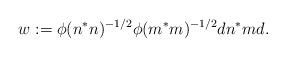
LaTeX: \begin{align*}w := \phi(n^*n)^{-1/2}\phi(m^*m)^{-1/2}d n^*m d.\end{align*}